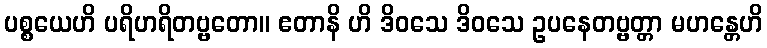
ပစ္စယေဟိ ပရိဟရိတဗ္ဗတော။ ဧတာနိ ဟိ ဒိဝသေ ဒိဝသေ ဥပနေတဗ္ဗတ္တာ မဟန္တေဟိ